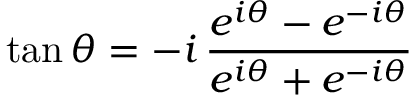
\tan \theta = - i \, { \frac { e ^ { i \theta } - e ^ { - i \theta } } { e ^ { i \theta } + e ^ { - i \theta } } }